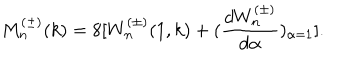
LaTeX: M _ { n } ^ { ( \pm ) } ( k ) = 8 [ W _ { n } ^ { ( \pm ) } ( 1 , k ) + ( \frac { d W _ { n } ^ { ( \pm ) } } { d \alpha } ) _ { \alpha = 1 } ] .